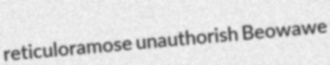
reticuloramose unauthorish Beowawe